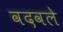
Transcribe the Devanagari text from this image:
वदवले